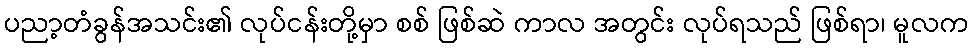
ပညာ့တံခွန်အသင်း၏ လုပ်ငန်းတို့မှာ စစ် ဖြစ်ဆဲ ကာလ အတွင်း လုပ်ရသည် ဖြစ်ရာ၊ မူလက